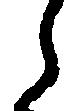
ら